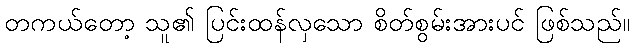
တကယ်တော့ သူ၏ ပြင်းထန်လှသော စိတ်စွမ်းအားပင် ဖြစ်သည်။